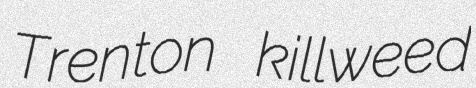
Trenton killweed